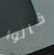
قالوا